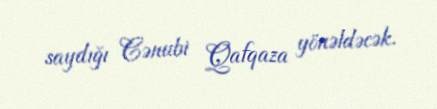
saydığı Cənubi Qafqaza yönəldəcək.